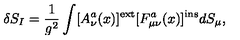
\delta S _ { I } = \frac { 1 } { g ^ { 2 } } \int [ A _ { \nu } ^ { a } ( x ) ] ^ { \mathrm { e x t } } [ F _ { \mu \nu } ^ { a } ( x ) ] ^ { \mathrm { i n s } } d S _ { \mu } ,